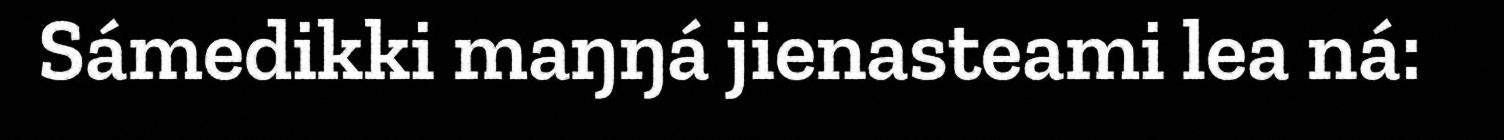
Sámedikki maŋŋá jienasteami lea ná: